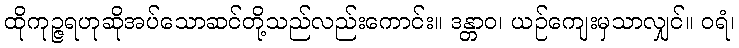
ထိုကုဉ္ဇရဟုဆိုအပ်သောဆင်တို့သည်လည်းကောင်း။ ဒန္တာဝ၊ ယဉ်ကျေးမှသာလျှင်။ ဝရံ၊